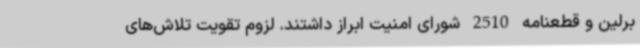
برلین و قطعنامه 2510 شورای امنیت ابراز داشتند. لزوم تقویت تلاش‌های